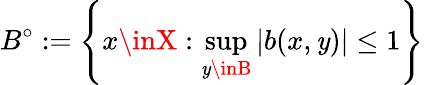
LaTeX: B^{\circ}:=\left\{ x\inX:\operatorname*{sup}_{\mathit{y}\inB}\left|b(x,\mathit{y})\right|\leq1\right\}